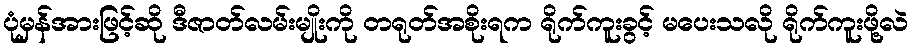
ပုံမှန်အားဖြင့်ဆို ဒီဇာတ်လမ်းမျိုးကို တရုတ်အစိုးရက ရိုက်ကူးခွင့် မပေးသလို ရိုက်ကူးဖို့လဲ